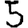
Digit: 5